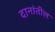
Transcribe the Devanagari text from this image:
दानांतील